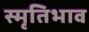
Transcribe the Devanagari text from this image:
स्मृतिभाव